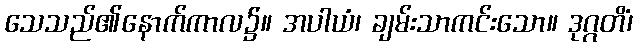
သေသည်၏နောက်ကာလ၌။ အပါယံ၊ ချမ်းသာကင်းသော။ ဒုဂ္ဂတိံ၊